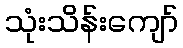
သုံးသိန်းကျော်